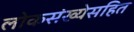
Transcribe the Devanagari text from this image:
लोकसंख्येसहित